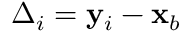
\boldsymbol { \Delta } _ { i } = \mathbf { y } _ { i } - \mathbf { x } _ { b }